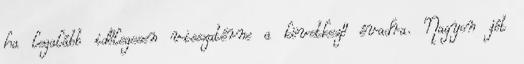
ha legalább időlegesen visszatérne a következő évadra. Nagyon jót